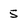
Character: 5